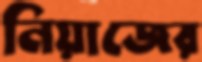
নিয়াজের